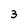
Character: 3